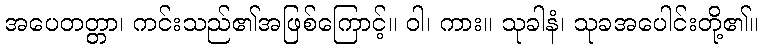
အပေတတ္တာ၊ ကင်းသည်၏အဖြစ်ကြောင့်။ ဝါ၊ ကား။ သုခါနံ၊ သုခအပေါင်းတို့၏။